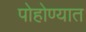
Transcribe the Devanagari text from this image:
पोहोण्यात